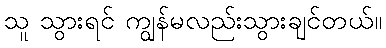
သူ သွားရင် ကျွန်မလည်းသွားချင်တယ်။